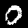
Label: 0